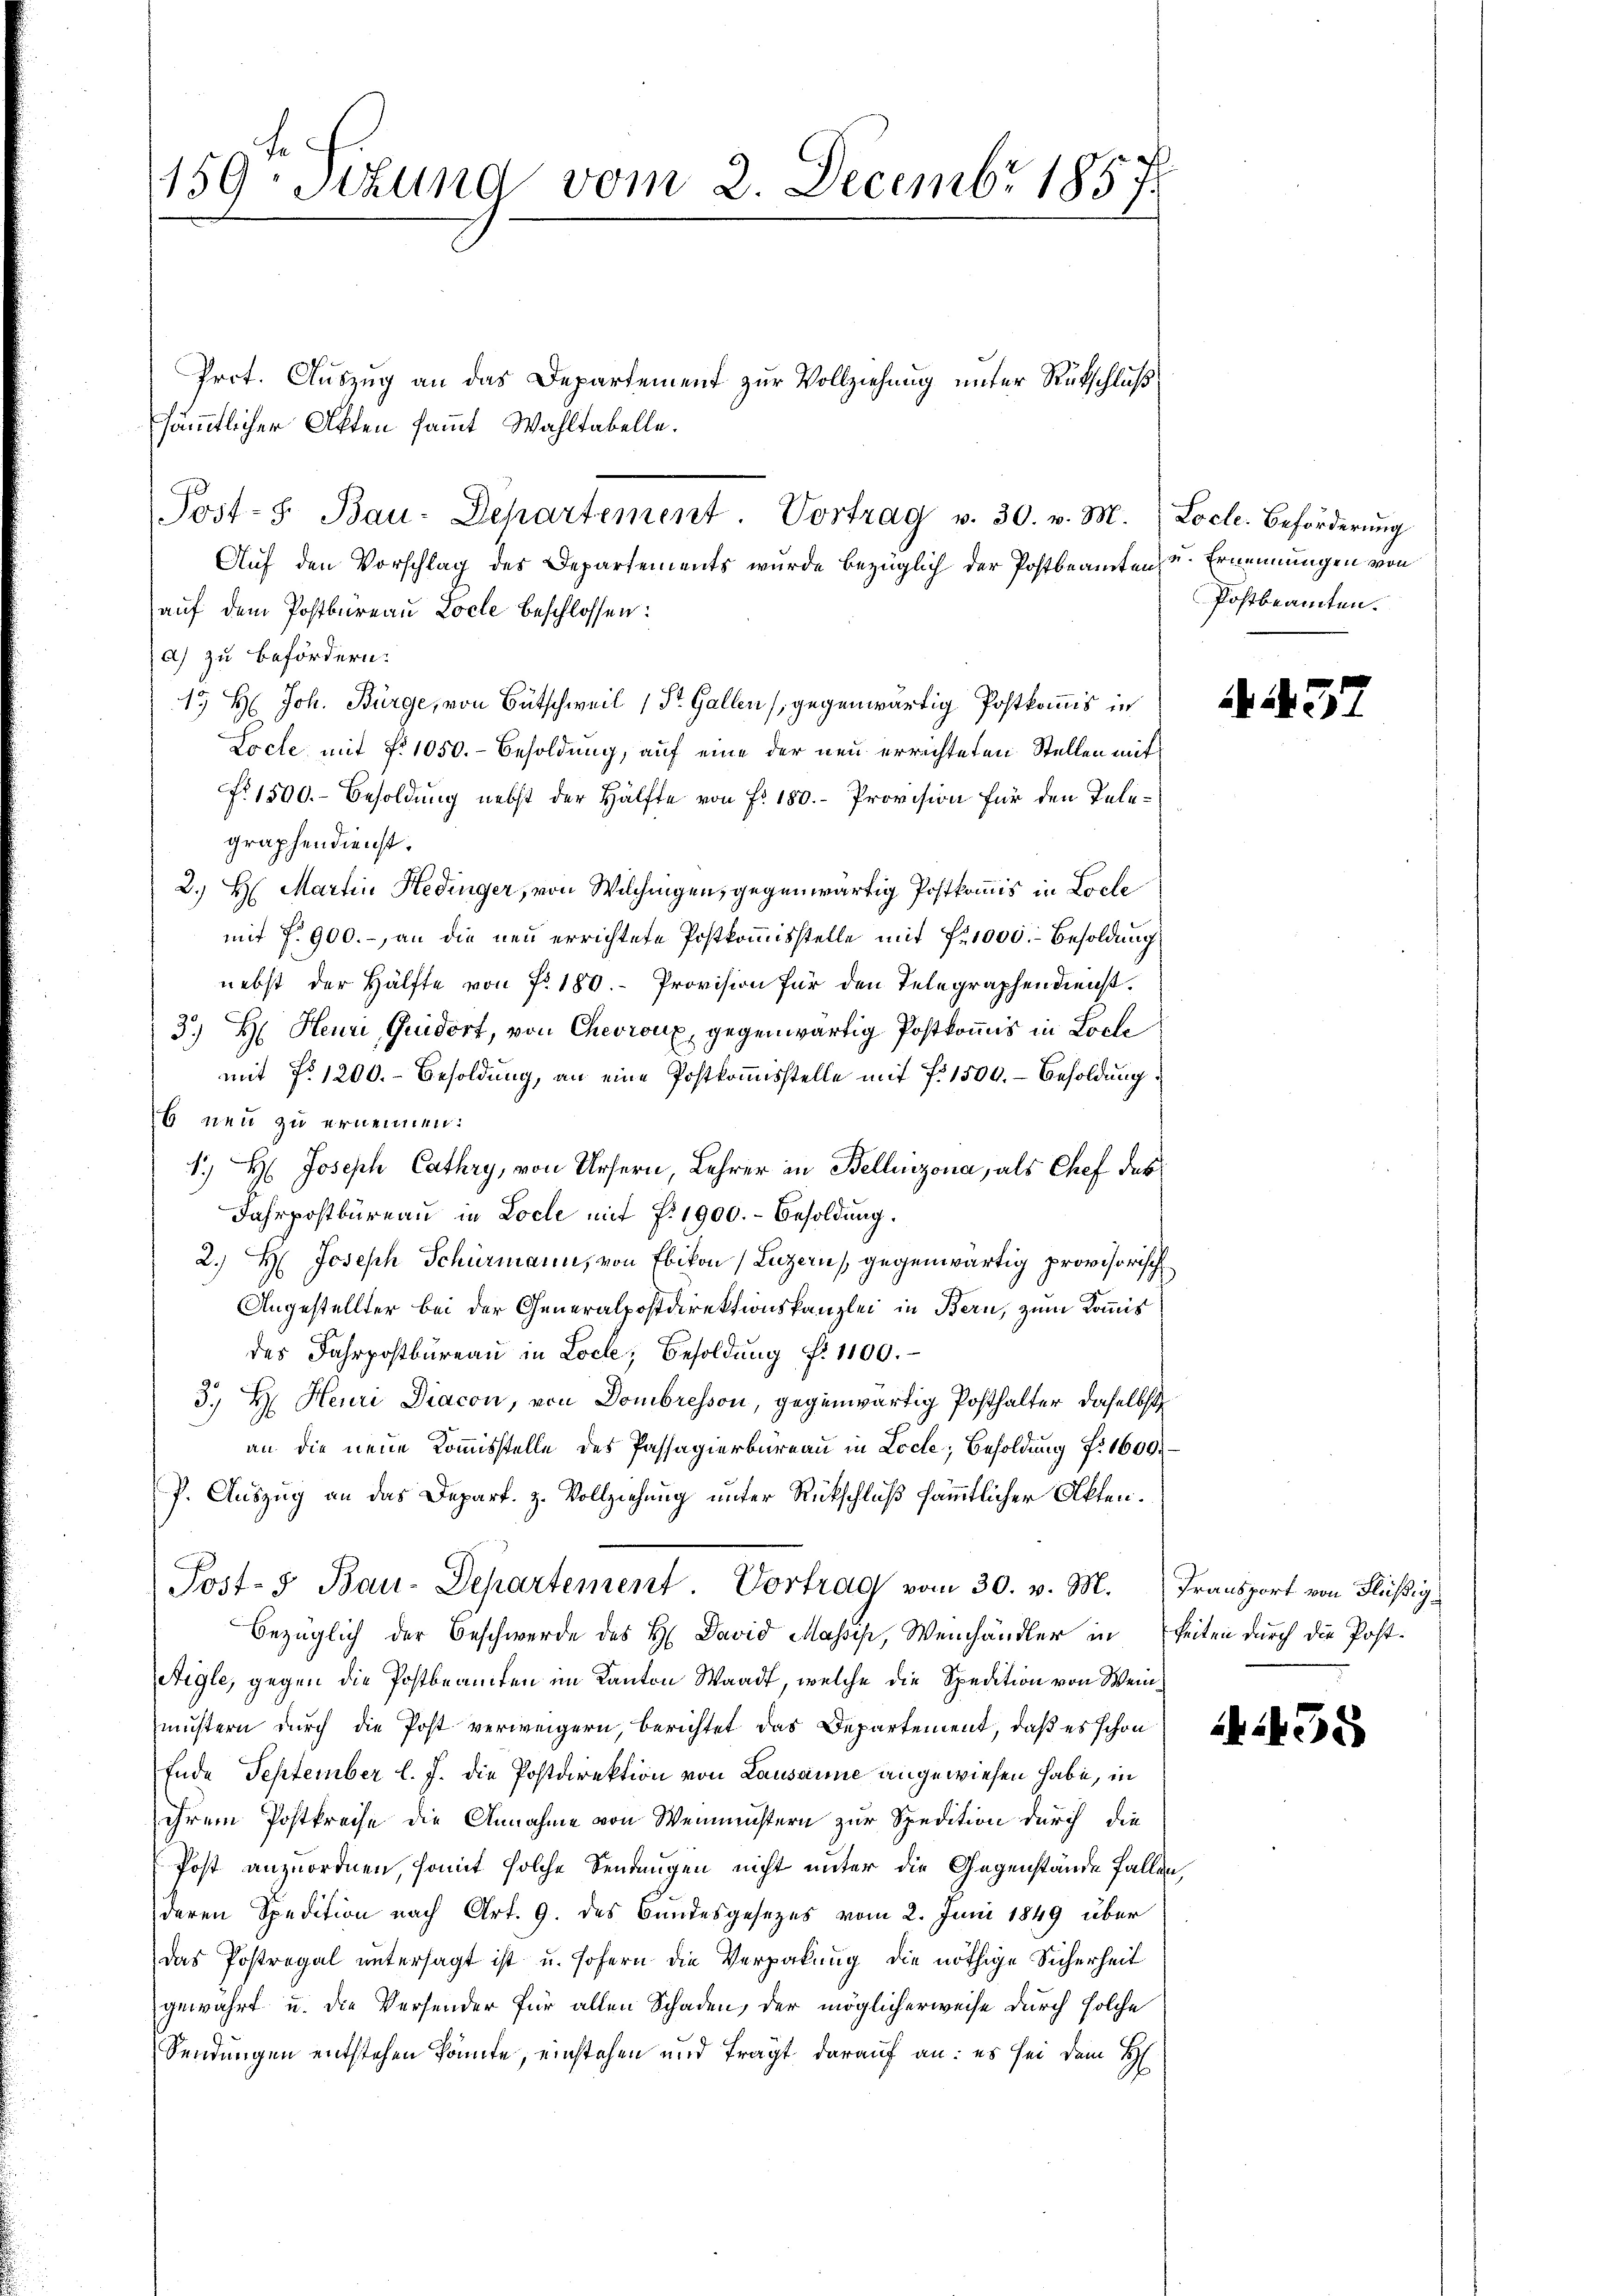
159: Sizung vom 2. Decembr 1857

Prot. Auszug an das Departement zur Vollziehung unter Rutschluß
sämmtlicher Akten sammt Wahltabelle.
Post-S. Bau-Departement. Vortrag v. 30. v. M.
Auf den Vorschlag des Departements wurde bezüglich der Postbeamten u. Ernennungen von
auf dem Postbüreau Locle beschlossen:
a) zu befördern.
15 H: Joh. Bürge, von Bütschweil 1 St. Gallen (gegenwärtig Postkommis in
Locle, mit § 1050.- Besoldung, auf eine der neu errichteten Stellen mit
No 1500.- Besoldung nebst der Hälfte von Fr. 180. Provision für den Telegraphendienst.
2.) Hr. Martin Hedinger, von Wilchingen, gegenwärtig Postkommis in Loche
mit P. 900.-, an die neu errichtete Postkommisstelle mit 21000.- Besoldung
nebst der Hälfte von Nr. 180. Provision für den Telegraphendienst.
3.) Hr. Heuri, Guidort, von Chevroux, gegenwärtig Postkommis in Loche
mit No 1200.- Besoldung, an eine Postkommisstelle mit 7 1500. - Besoldung
6 neu zu ernennen:
1.) H: Joseph Cathry, von Ursern, Lehrer in Bellinzona, als Chef des
Jahrpostbüreau in Loche mit f. 1900.- Besoldung.
2.) H: Joseph Schürmann, von Ebikon (Luzern, gegenwärtig provisorisch
Angestellter bei der Generalpostdirektionskanzlei in Bern, zum Kommis
des Fahrpostbureau in Loch, Besoldŭng f. 1100.
3. H. Heuri Diacon, von Dombresson, gegenwärtig Posthalter, daselbst
an die neue Kommisstelle des Passagierbüreau in Loche, Besoldung f. 1600.
P. Auszug an das Depart. z. Vollziehung unter Rückschluß sämmtlicher Akten.
Post- & Bau-Departement. Vortrag vom 30. v. M.
bezüglich der Beschwerde des H. David Massik, Weinhändler in
Aigle, gegen die Postbeamten im Kanton Waadt, welche die Spedition von Weinmustern durch die Post verweigern, berichtet das Departement, daß es schon
Ende September l. J. die Postdirektion von Lausanne angewiesen habe, in
ihrem Postkreise die Annahme von Weinistern zur Spedition durch die
Post anzuordnen, somit solche Sendungen nicht unter die Gegenstände faller
deren Spedition nach Art. 9. des Bundesgesezes vom 2. Juni 1849 über
Das Postregal untersagt ist u. sofern die Verpakung die nöthige Sicherheit
gewahrt u. die Versender für allen Schaden, der möglicherweise durch solche
Sendungen entstehen könnte, einstehen und fragt darauf an: es sei dem H

Locle. Beförderung
Postbeamten.

A137

Transport von Flüßig
keiten durch die Post¬

Ai455